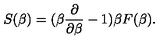
S ( \beta ) = ( \beta { \frac { \partial } { \partial \beta } } - 1 ) \beta F ( \beta ) .